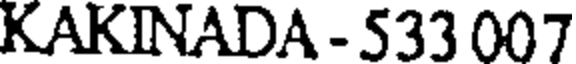
KAKINADA - 533 007